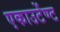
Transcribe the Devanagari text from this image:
एकाउटेंण्ट